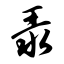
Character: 录